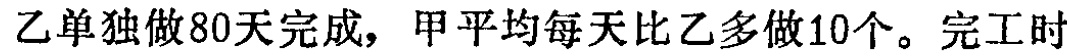
乙单独做80天完成，甲平均每天比乙多做10个。完工时